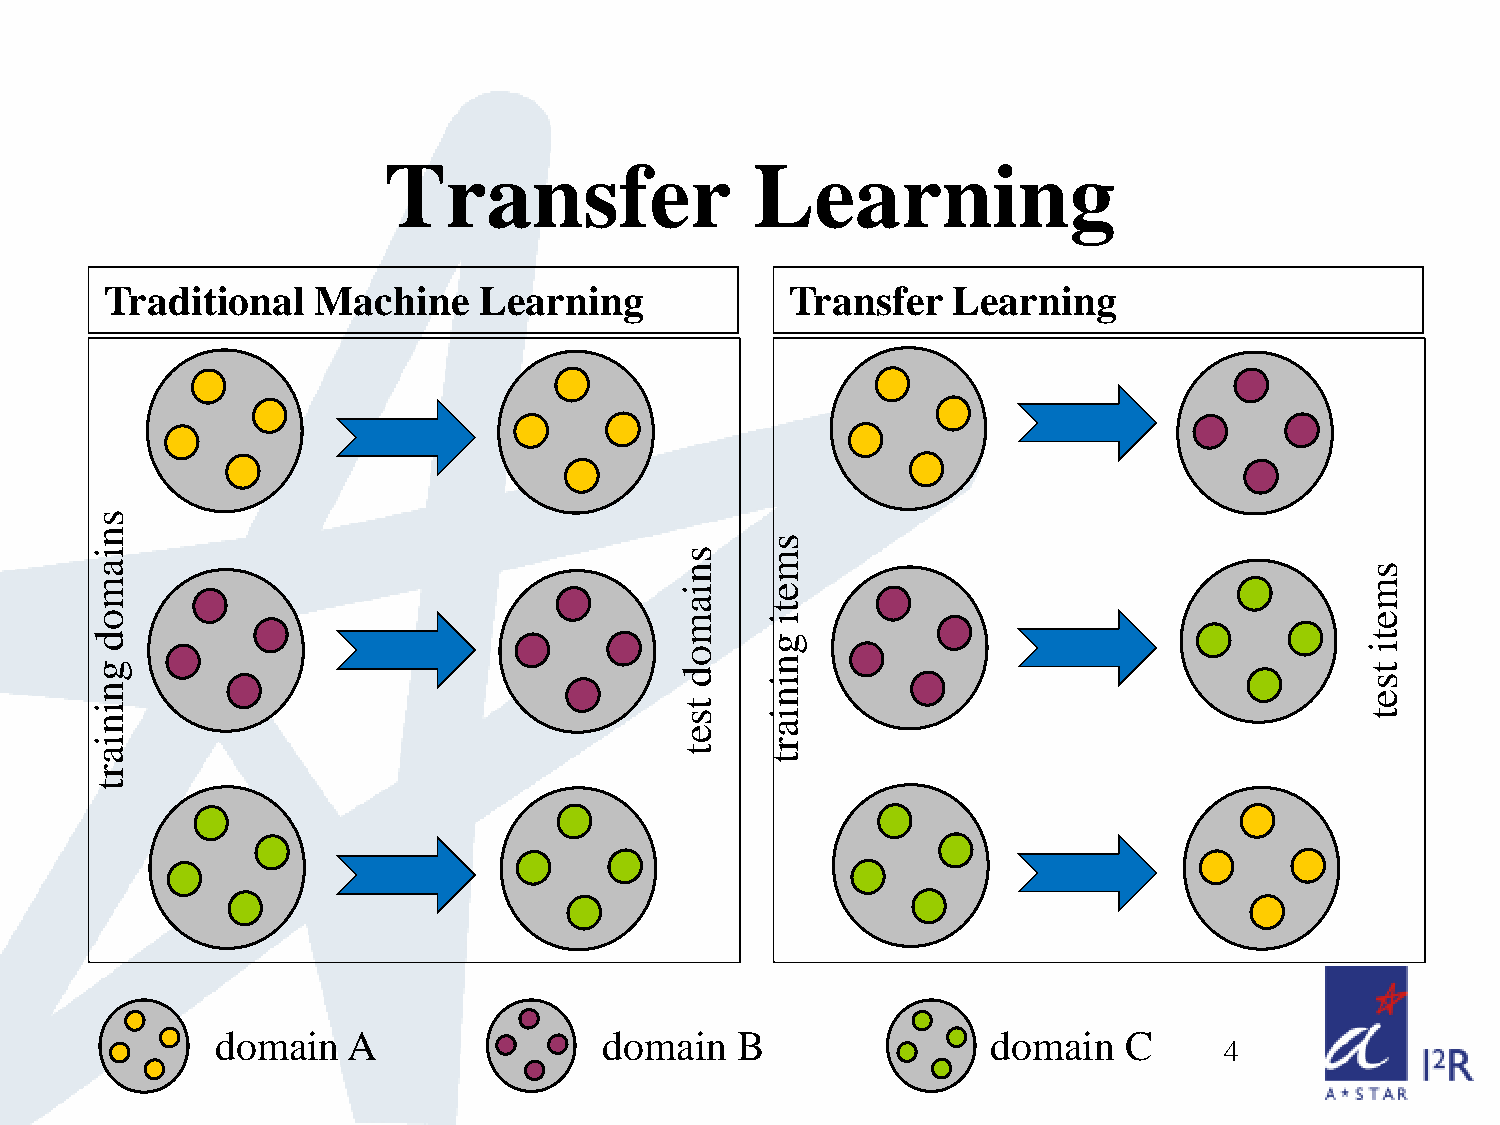
Transfer                 Learning
 Traditional   Machine    Learning            Transfer   Learning
 domain   A                domain   B                domain  C
 4
 sniamod
 gniniart
 sniamod
 tset
 smeti
 gniniart
 smeti
 tset